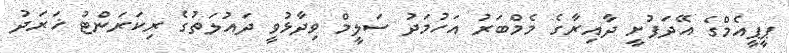
ޕީޕީއެމްގެ އޭދަފުށީ ދާއިރާގެ މެމްބަރު އަހުމަދު ސަލީމް ވިދާޅުވީ ދައުލަތުގެ ރިކަރަންޓު ޚަރަދު